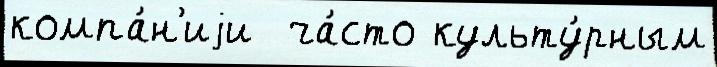
компа́н'иjи  ча́сто культу́рным